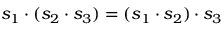
s _ { 1 } \boldsymbol { \cdot } ( s _ { 2 } \boldsymbol { \cdot } s _ { 3 } ) = ( s _ { 1 } \boldsymbol { \cdot } s _ { 2 } ) \boldsymbol { \cdot } s _ { 3 }